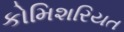
કોમિશરિયત